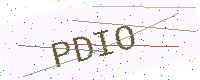
Text: PDIO